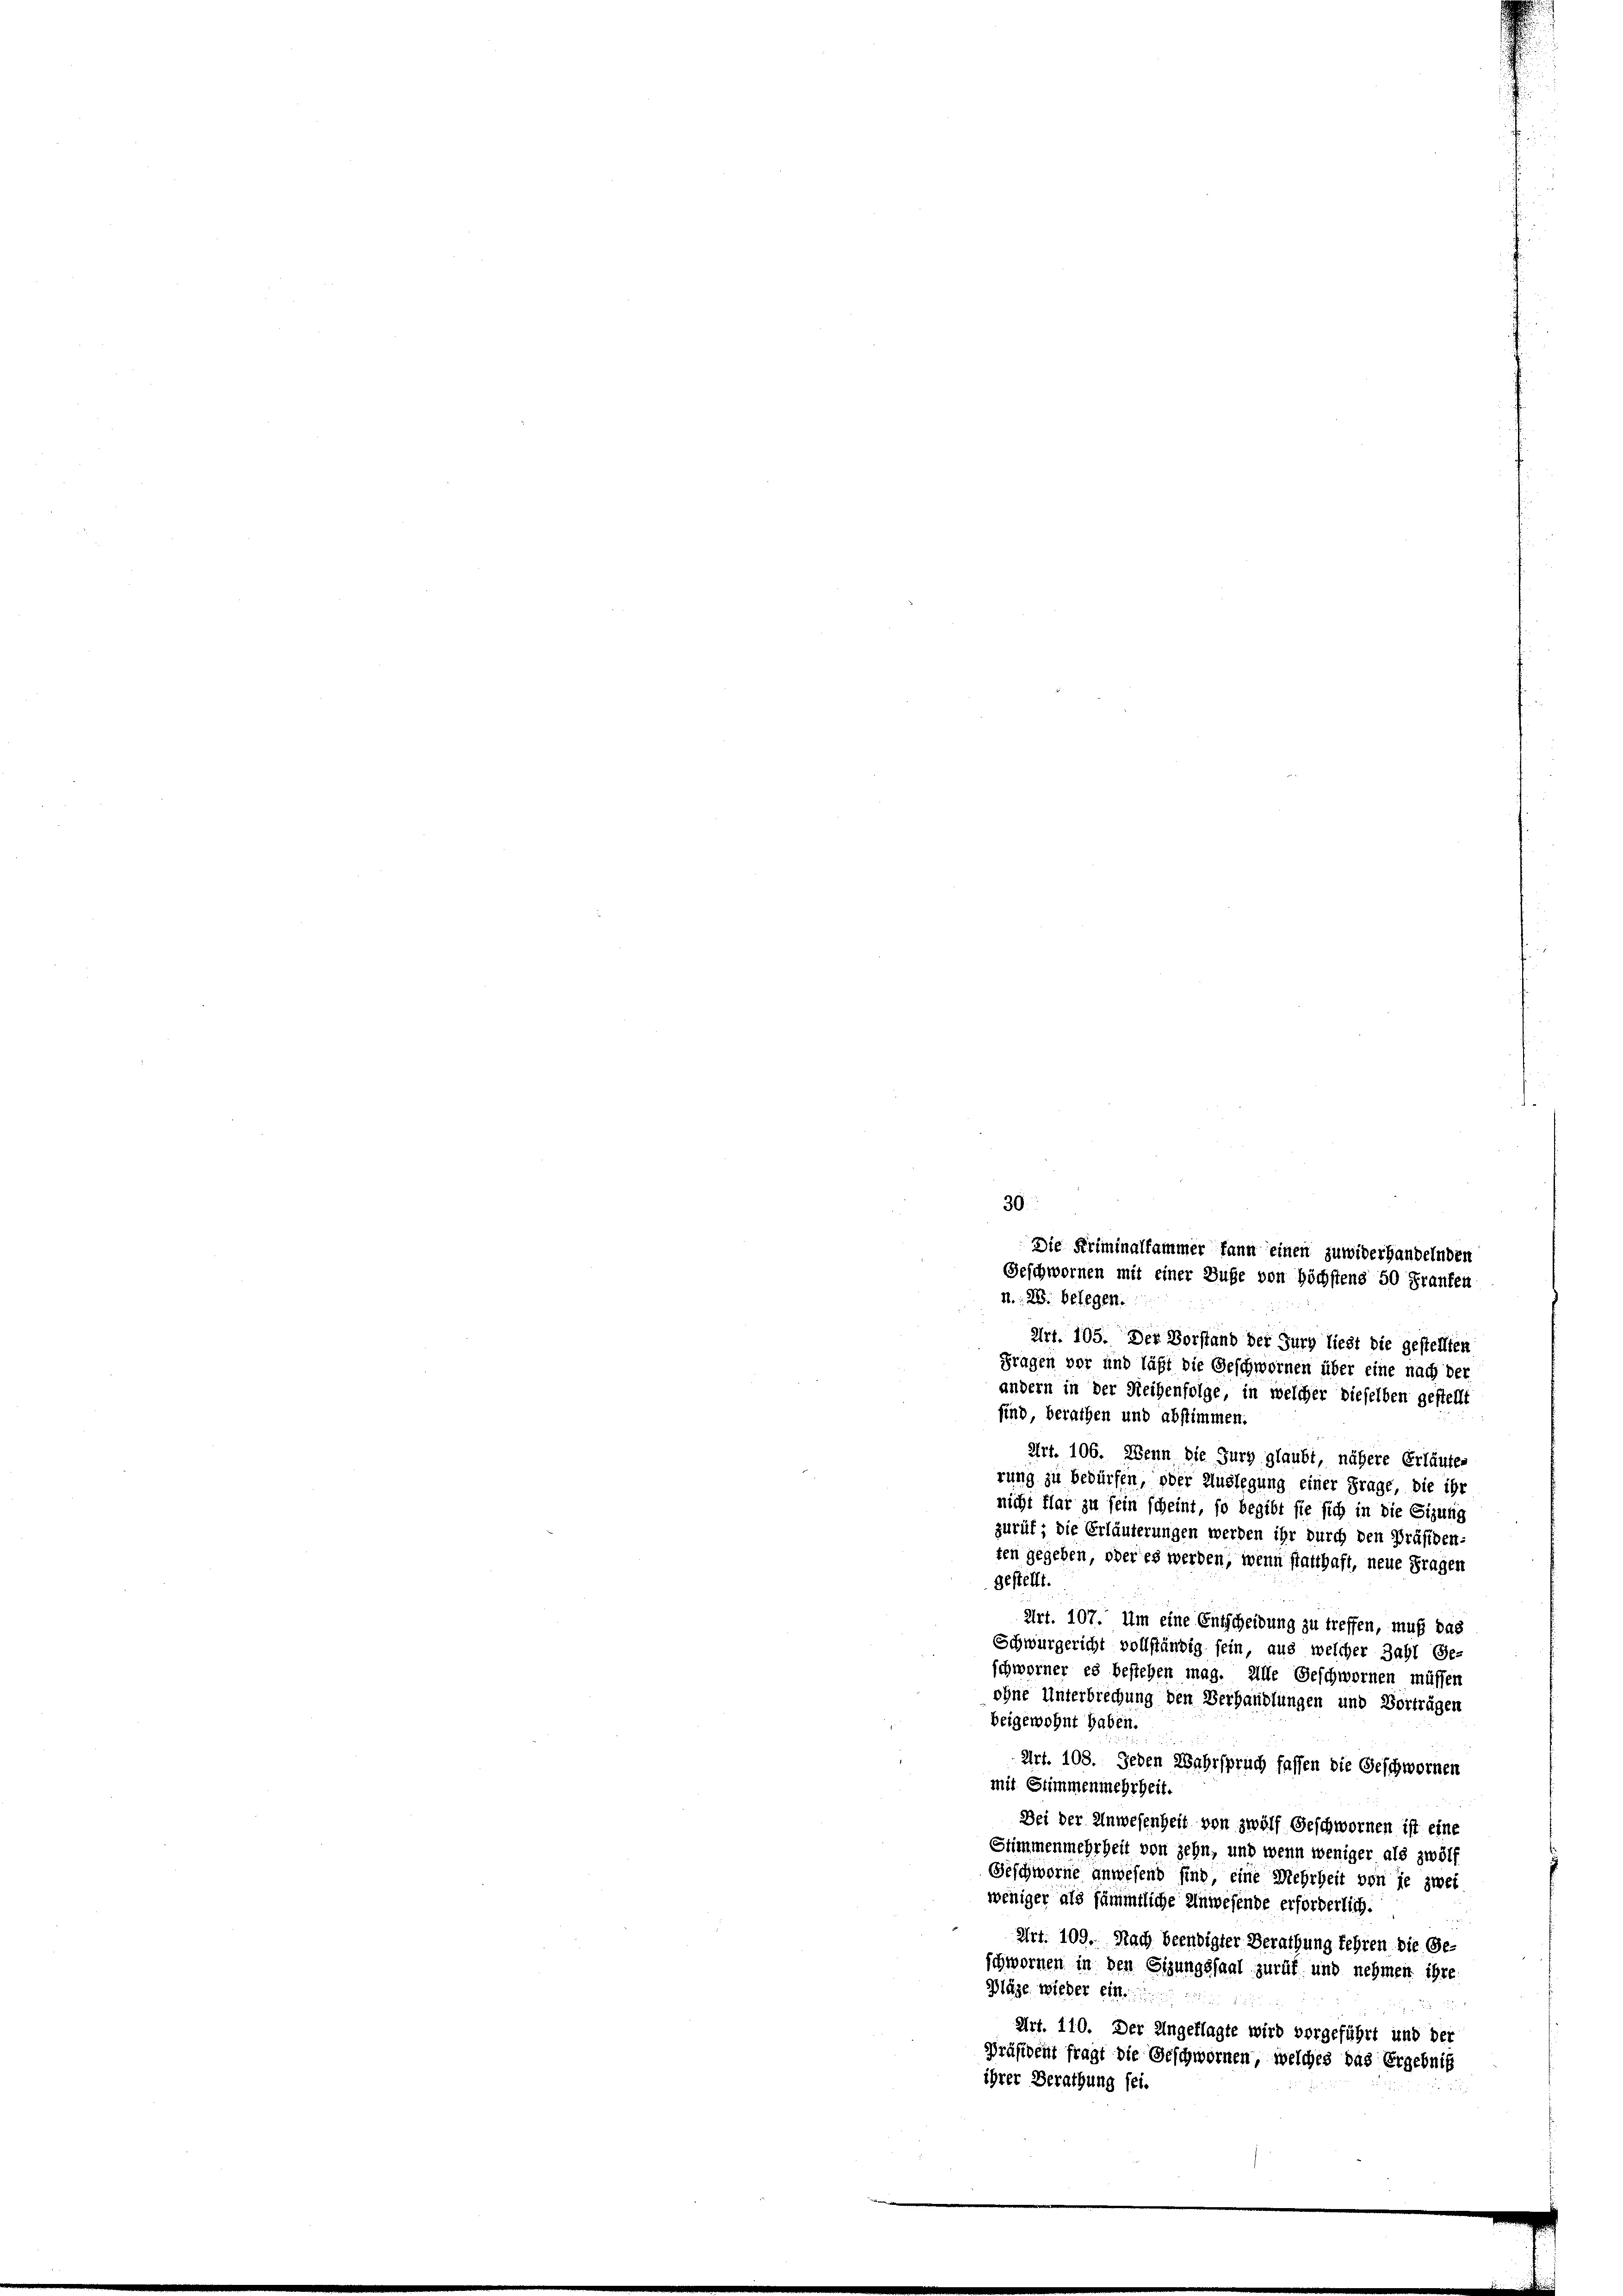
30.
Die Kriminalfammer kann einen zuwiderhandelnden
Geschwornen mit einer Buße von höchstens 50 Franken
1., 28. belegen.

Art. 105. Der Vorstand der Gurg liegt die gestellten
Fragen vor und läßt die Geschwornen über eine nach der
andern in der Reihenfolge, in welcher dieselben gestellt
sind, berathen und abstimmen.
Art. 106. Wenn die Jury glaubt, nähere Erläutes
rung zu bedürfen, oder Auslegung einer Frage, die ihr
nicht flar zu sein scheint, so begibt sie sich in die Sizung
zurüf; die Erläuterungen werden ihr durch den Präsiden-
ten gegeben, oder es werden, wenn statthaft, neue Fragen
gestellt.
Art. 107. Um eine Entscheidung zu treffen, muß das
Schwurgericht vollständig sein, aus welcher Zahl (Ge-
schworner es bestehen mag. Alle Geschwornen müssen
ohne Unterbrechung den Verhandlungen und Vorträgen
beigewohnt haben.
Art. 108. Jeden Wahrspruch fassen die Geschwornen
mit Stimmenmehrheit.
Bei der Anwesenheit von zwölf Geschwornen ist eine
Stimmenmehrheit von zehn, und wenn weniger als zwölf
Geschworne anwesend sind, eine Mehrheit von je zwei
weniger als sämmtliche Anwesende erforderlich.
Art. 109. Nach beendigter Berathung fehren die Ge-
schwornen in den Sizungssaal zurük und nehmen ihre
Pläge. Wieder ein
Art. 110. Der Ungeklagte wird vorgeführt und der
Präsident fragt die Geschwornen, welches das Ergebnis
ihrer Berathung sei.